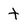
Character: t